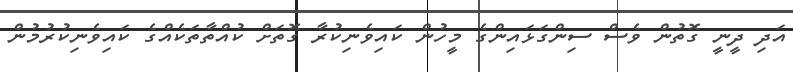
އަދި ދީނީ ގޮތުން ވެސް ސިންގަޅައިންގެ މީހުން ކައިވެނިކުރާ ގޮތަށް ކުއްތާތަކެއްގެ ކައިވެނިކުރުމުން